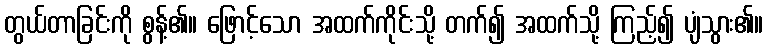
တွယ်တာခြင်းကို စွန့်၏။ ဖြောင့်သော အထက်ကိုင်းသို့ တက်၍ အထက်သို့ ကြည့်၍ ပျံသွား၏။